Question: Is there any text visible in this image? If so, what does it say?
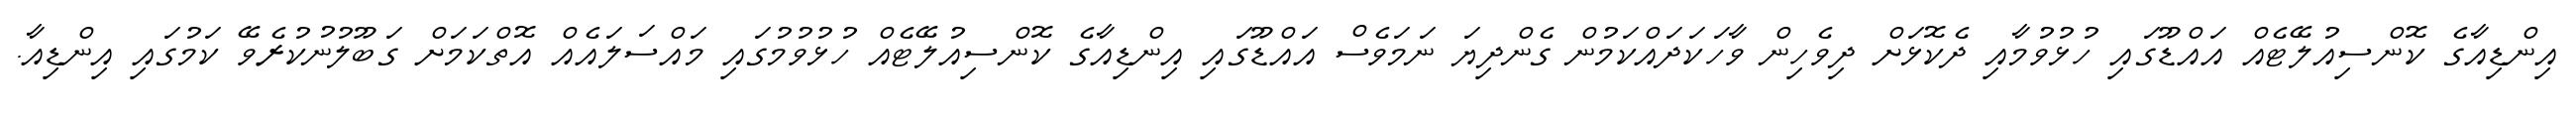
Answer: އިންޑިއާގެ ކޮންސިއުލޭޓެއް އައްޑޫގައި ހުޅުވުމާއި ދެކޮޅަށް ދިވެހިން ވާހަކަދައްކަމުން ގެންދިޔަ ނަމަވެސް އައްޑޫގައި އިންޑިއާގެ ކޮންސިއުލޭޓެއް ހުޅުވުމުގައި މައްސަލައެއް އޮތްކަމަށް ގަބޫލުނުކުރެވޭ ކަމުގައި އިންޑިއާ.